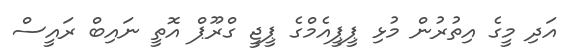
އަދި މީގެ އިތުރުން މުޅި ޕީޕީއެމްގެ ޕީޖީ ގްރޫޕް އޮތީ ނައިބް ރައީސް